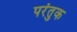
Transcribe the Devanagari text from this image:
परंतुक